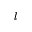
l